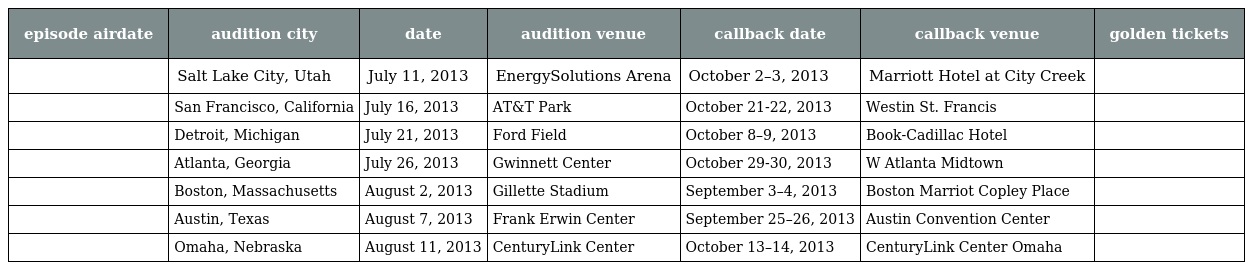
| episode airdate | audition city | date | audition venue | callback date | callback venue | golden tickets |
 | --- | --- | --- | --- | --- | --- | --- |
 |  | Salt Lake City, Utah | July 11, 2013 | EnergySolutions Arena | October 2–3, 2013 | Marriott Hotel at City Creek |  |
 |  | San Francisco, California | July 16, 2013 | AT&T Park | October 21-22, 2013 | Westin St. Francis |  |
 |  | Detroit, Michigan | July 21, 2013 | Ford Field | October 8–9, 2013 | Book-Cadillac Hotel |  |
 |  | Atlanta, Georgia | July 26, 2013 | Gwinnett Center | October 29-30, 2013 | W Atlanta Midtown |  |
 |  | Boston, Massachusetts | August 2, 2013 | Gillette Stadium | September 3–4, 2013 | Boston Marriot Copley Place |  |
 |  | Austin, Texas | August 7, 2013 | Frank Erwin Center | September 25–26, 2013 | Austin Convention Center |  |
 |  | Omaha, Nebraska | August 11, 2013 | CenturyLink Center | October 13–14, 2013 | CenturyLink Center Omaha |  |